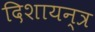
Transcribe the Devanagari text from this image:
दिशायन्त्र